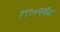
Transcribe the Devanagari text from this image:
१९९०पर्यंत